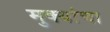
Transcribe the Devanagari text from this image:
मुक्यांचा